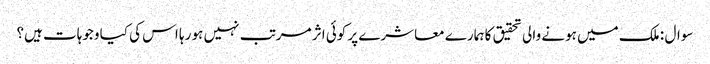
سوال : ملک میں ہونے والی تحقیق کا ہمارے معاشرے پر کوئی اثر مرتب نہیں ہو رہا اس کی کیا وجوہات ہیں؟